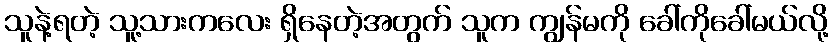
သူနဲ့ရတဲ့ သူ့သားကလေး ရှိနေတဲ့အတွက် သူက ကျွန်မကို ခေါ်ကိုခေါ်မယ်လို့